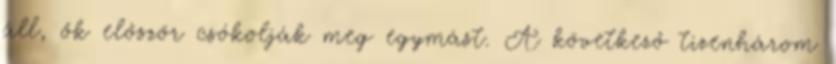
áll, ők először csókolják meg egymást. A következő tizenhárom